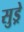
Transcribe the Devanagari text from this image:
सुड्रे